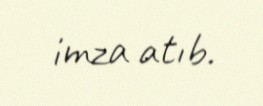
imza atıb.